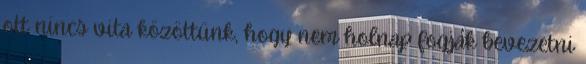
ott nincs vita közöttünk, hogy nem holnap fogják bevezetni